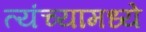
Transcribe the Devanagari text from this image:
त्यंच्यामध्ये